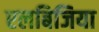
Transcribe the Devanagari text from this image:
एलबिजिया